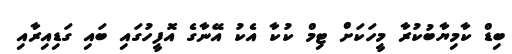
ބިޑް ކާމިޔާބުކުރާ މީހަކަށް ޓިމް ކުކާ އެކު އޭނާގެ އޮފީހުގައި ބައި ގަޑިއިރާއި